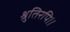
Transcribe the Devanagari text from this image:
श्रुतिरपि।।